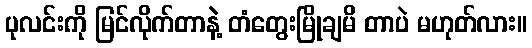
ပုလင်းကို မြင်လိုက်တာနဲ့ တံတွေးမြိုချမိ တာပဲ မဟုတ်လား။